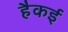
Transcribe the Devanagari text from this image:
हैकई